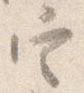
定